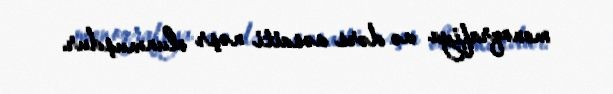
monoqrafiya və dərs vəsaiti nəşr olunmuşdur.